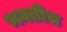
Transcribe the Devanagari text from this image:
भक्तीच